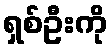
ရှစ်ဦးကို